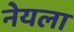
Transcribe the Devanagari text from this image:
नेयला